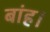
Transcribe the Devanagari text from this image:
बांह।